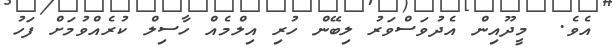
އެވެ.  މީދޫއިން އެދުވަސްވަރު ލިބޭން ހުރި އިލްމެއް ހާސިލް ކުރެއްވުމަށް ފަހު